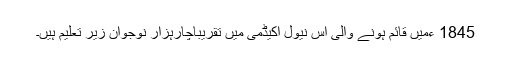
1845 ءمیں قائم ہونے والی اس نیول اکیڈمی میں تقریباچارہزار نوجوان زیر تعلیم ہیں۔